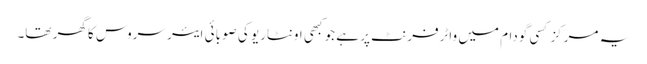
یہ مرکز کسی گودام میں واٹرفرنٹ پر ہے جو کبھی اونٹاریو کی صوبائی ایئر سروس کا گھر تھا۔